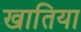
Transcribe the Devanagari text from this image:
खातिया